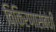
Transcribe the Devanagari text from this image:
विकिरणासंबंधी